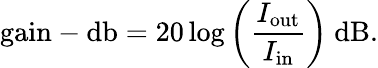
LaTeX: {\mathrm{gain-db}}=20\log\left({\frac{I_{\mathrm{out}}}{I_{\mathrm{in}}}}\right)~{\mathrm{dB}}.